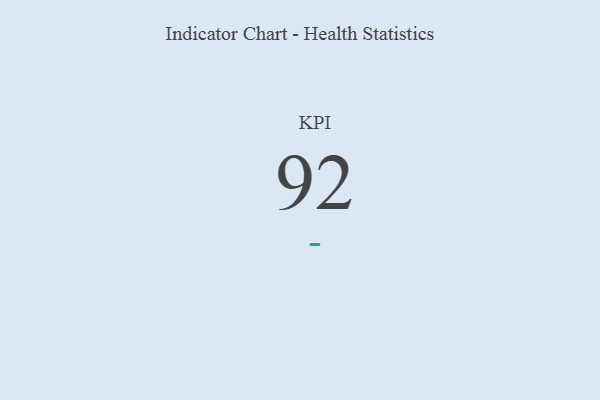
{"axis": {"x": "KPI", "y": "Value"}, "legend": [""], "data": [{"x": "KPI", "y": 92, "type": ""}]}